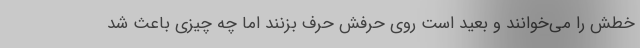
خطش را می‌خوانند و بعید است روی حرفش حرف بزنند اما چه چیزی باعث شد